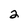
Character: 2